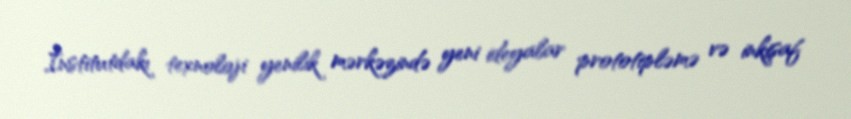
İnstitutdakı texnoloji yenilik mərkəzində yeni ideyalar prototipləmə və inkişaf